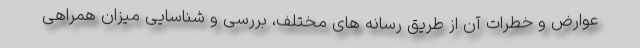
عوارض و خطرات آن از طریق رسانه های مختلف، بررسی و شناسایی میزان همراهی